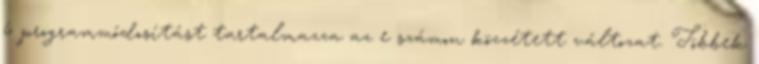
6 programmódosítást tartalmazza az e számon közzétett változat. Többek